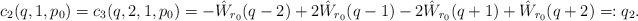
\begin{align*}c_2(q,1,p_0) = c_3(q,2,1,p_0) = -\hat W_{r_0}(q-2) +2\hat W_{r_0}(q-1)-2\hat W_{r_0}(q+1) + \hat W_{r_0}(q+2) =: q_2.\end{align*}